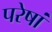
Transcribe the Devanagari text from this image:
परेषां